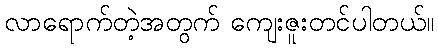
လာရောက်တဲ့အတွက် ကျေးဇူးတင်ပါတယ်။